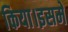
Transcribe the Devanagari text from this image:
किया।इसमें